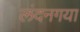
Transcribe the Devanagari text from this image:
लंदनगया